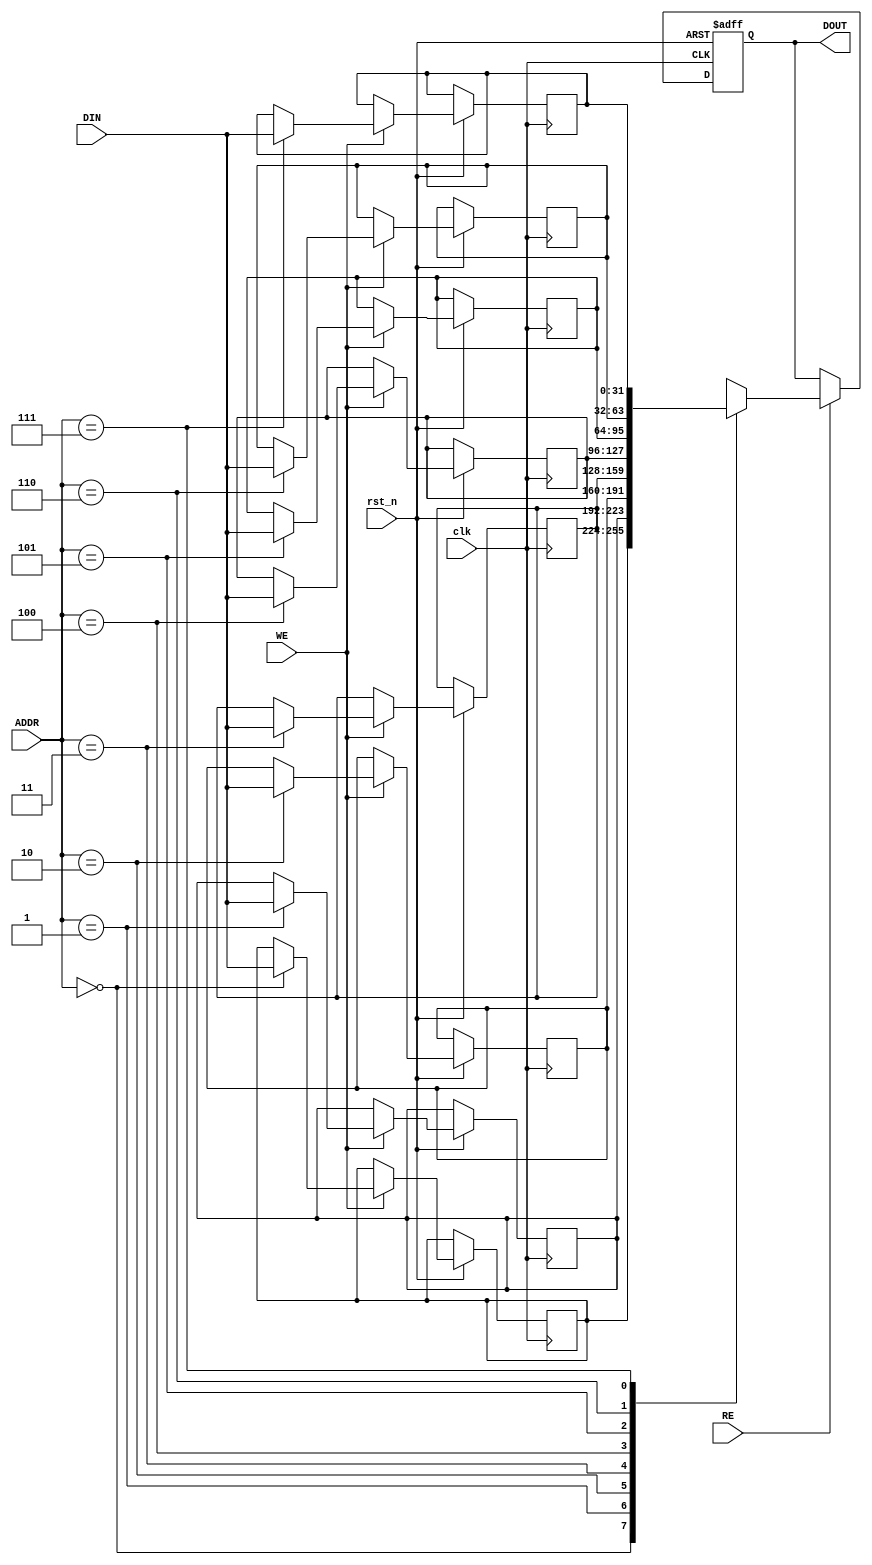
module LocalScratchpadMemory #(
    parameter DATA_WIDTH = 32,                // Configurable data width (8, 16, 32, 64)
    parameter MEM_SIZE = 256                  // Addressable memory size in bytes (256, 512, 1024)
) (
    input wire clk,                            // Clock signal
    input wire rst_n,                          // Active low reset signal
    input wire WE,                             // Write Enable signal
    input wire RE,                             // Read Enable signal
    input wire [$clog2(MEM_SIZE / DATA_WIDTH) - 1:0] ADDR, // Memory address input
    input wire [DATA_WIDTH - 1:0] DIN,        // Data input for write operation
    output reg [DATA_WIDTH - 1:0] DOUT        // Data output for read operation
);
    
    // Memory array declaration
    reg [DATA_WIDTH - 1:0] memory [0:(MEM_SIZE / DATA_WIDTH) - 1];
    
    // Initialization block
    integer i;
    initial begin
        for (i = 0; i < (MEM_SIZE / DATA_WIDTH); i = i + 1) begin
            memory[i] = {DATA_WIDTH{1'b0}}; // Initialize memory to zero
        end
    end

    // Synchronous read/write operation
    always @(posedge clk or negedge rst_n) begin
        if (!rst_n) begin
            // On reset, clear the output
            DOUT <= {DATA_WIDTH{1'b0}};
        end else begin
            if (WE) begin
                // Write operation
                memory[ADDR] <= DIN;
            end
            if (RE) begin
                // Read operation
                DOUT <= memory[ADDR];
            end
        end
    end

endmodule